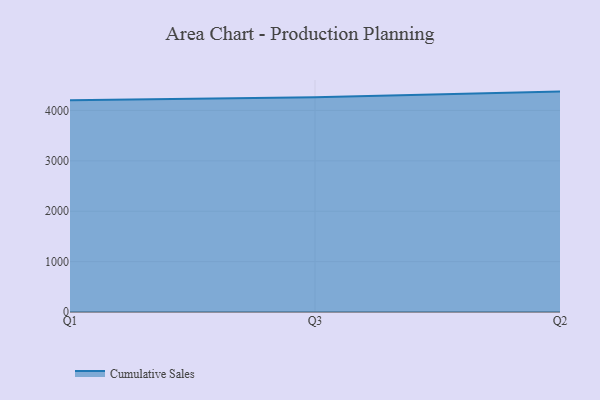
{"axis": {"x": "Quarter", "y": "Satisfaction Score"}, "legend": ["Cumulative Sales"], "data": [{"x": "Q1", "y": 4204.2, "type": "Cumulative Sales"}, {"x": "Q3", "y": 4262.8, "type": "Cumulative Sales"}, {"x": "Q2", "y": 4374.6, "type": "Cumulative Sales"}]}